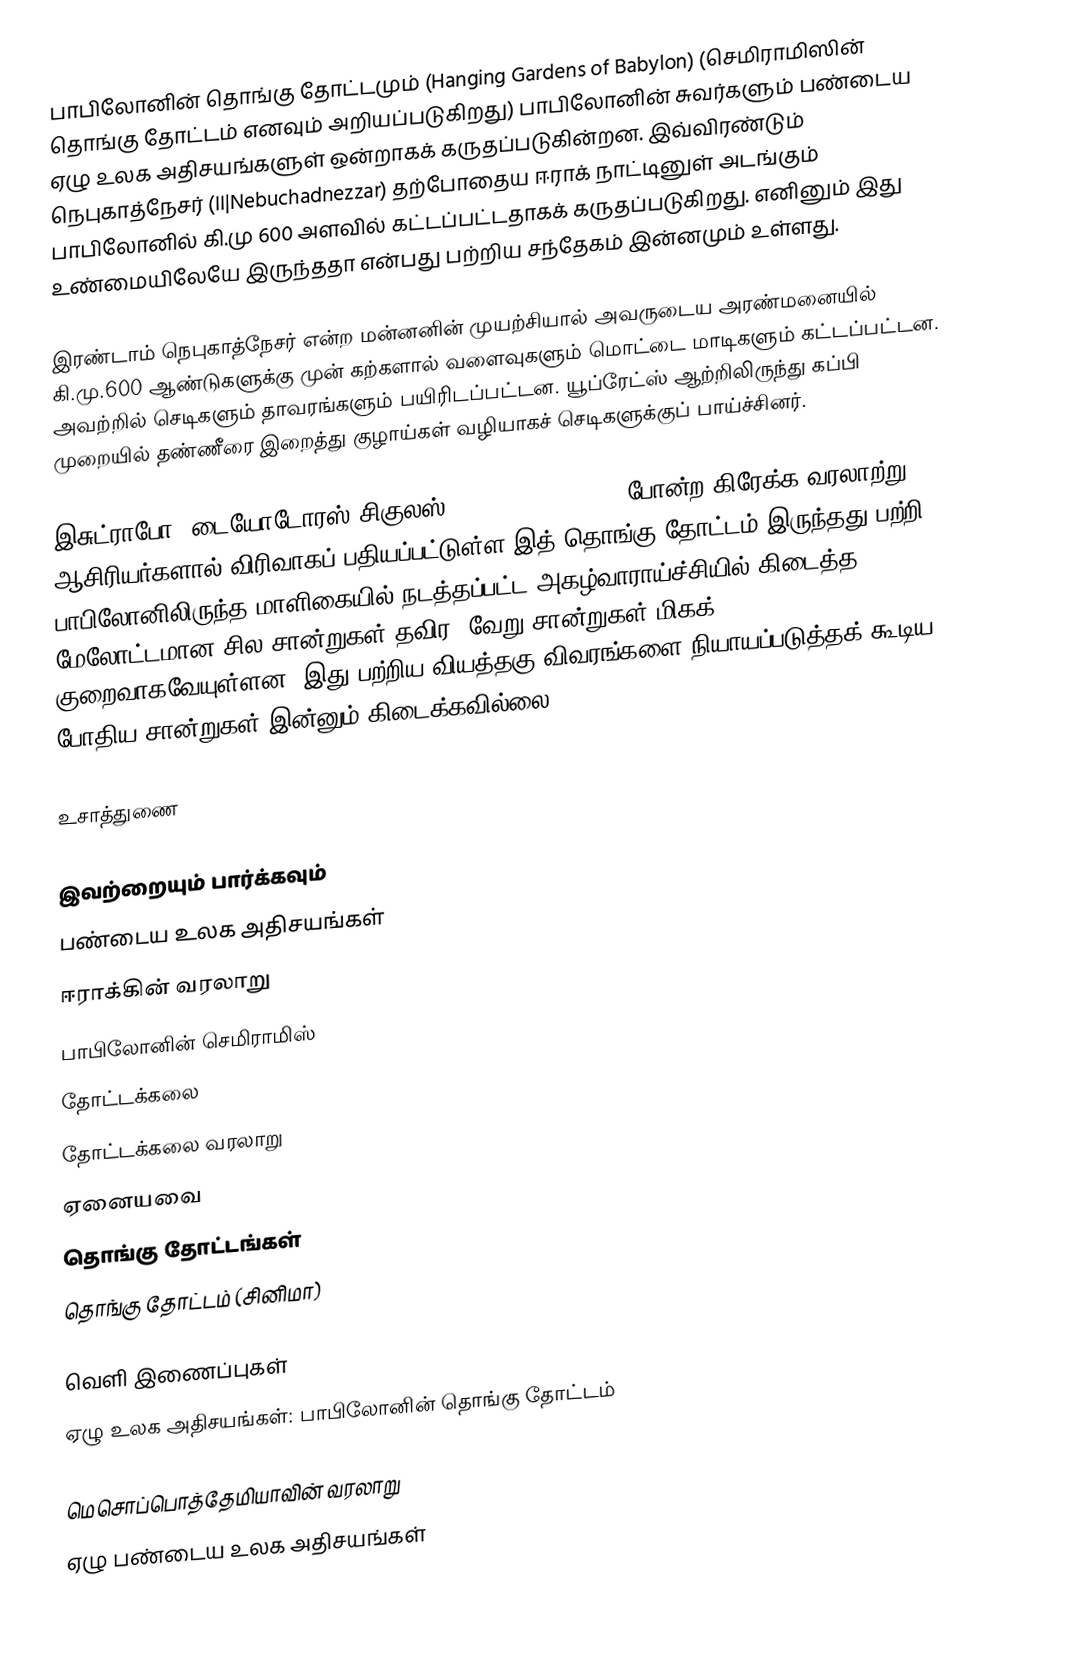
பாபிலோனின் தொங்கு தோட்டமும் (Hanging Gardens of Babylon) (செமிராமிஸின் தொங்கு தோட்டம் எனவும் அறியப்படுகிறது) பாபிலோனின் சுவர்களும் பண்டைய ஏழு உலக அதிசயங்களுள் ஒன்றாகக் கருதப்படுகின்றன. இவ்விரண்டும் நெபுகாத்நேசர் (II|Nebuchadnezzar) தற்போதைய ஈராக் நாட்டினுள் அடங்கும் பாபிலோனில் கி.மு 600 அளவில் கட்டப்பட்டதாகக் கருதப்படுகிறது. எனினும் இது உண்மையிலேயே இருந்ததா என்பது பற்றிய சந்தேகம் இன்னமும் உள்ளது.

இரண்டாம் நெபுகாத்நேசர் என்ற மன்னனின் முயற்சியால் அவருடைய அரண்மனையில் கி.மு.600 ஆண்டுகளுக்கு முன் கற்களால் வளைவுகளும் மொட்டை மாடிகளும் கட்டப்பட்டன. அவற்றில் செடிகளும் தாவரங்களும் பயிரிடப்பட்டன. யூப்ரேட்ஸ் ஆற்றிலிருந்து கப்பி முறையில் தண்ணீரை இறைத்து குழாய்கள் வழியாகச் செடிகளுக்குப் பாய்ச்சினர்.

இசுட்ராபோ, டையோடோரஸ் சிகுலஸ் (Diodorus Siculus) போன்ற கிரேக்க வரலாற்று ஆசிரியர்களால் விரிவாகப் பதியப்பட்டுள்ள இத் தொங்கு தோட்டம் இருந்தது பற்றி, பாபிலோனிலிருந்த மாளிகையில் நடத்தப்பட்ட அகழ்வாராய்ச்சியில் கிடைத்த மேலோட்டமான சில சான்றுகள் தவிர, வேறு சான்றுகள் மிகக் குறைவாகவேயுள்ளன. இது பற்றிய வியத்தகு விவரங்களை நியாயப்படுத்தக் கூடிய போதிய சான்றுகள் இன்னும் கிடைக்கவில்லை.

உசாத்துணை

இவற்றையும் பார்க்கவும்
 பண்டைய உலக அதிசயங்கள்
 ஈராக்கின் வரலாறு
 பாபிலோனின் செமிராமிஸ்
 தோட்டக்கலை
 தோட்டக்கலை வரலாறு
 ஏனையவை
 தொங்கு தோட்டங்கள்
 தொங்கு தோட்டம் (சினிமா)

வெளி இணைப்புகள்
 ஏழு உலக அதிசயங்கள்: பாபிலோனின் தொங்கு தோட்டம்

மெசொப்பொத்தேமியாவின் வரலாறு
ஏழு பண்டைய உலக அதிசயங்கள்